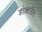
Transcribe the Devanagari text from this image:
डोक्टरीन